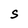
Character: S